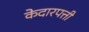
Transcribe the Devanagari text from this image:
केदारपत्ती